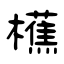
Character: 櫵